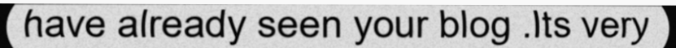
have already seen your blog .Its very